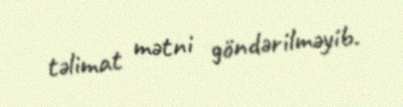
təlimat mətni göndərilməyib.